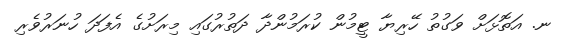
ނ. އަތޮޅަށް ވަގުތު ހޭރިޔާ ޓީމުން ކުރަމުންދާ ދަތުރުގައި މިރަށުގެ އެފަދަ ހުނަރުވެރި